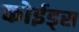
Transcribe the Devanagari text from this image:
कोईड्स